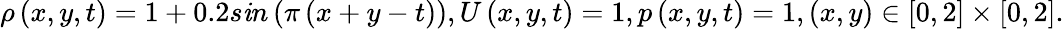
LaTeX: \rho\left(x,y,t\right)=1+0.2s\mathit{i}n\left(\pi\left(x+y-t\right)\right),U\left(x,y,t\right)=1,p\left(x,y,t\right)=1,\left(x,y\right)\in\left[0,2\right]\times\left[0,2\right].